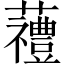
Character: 𱿆